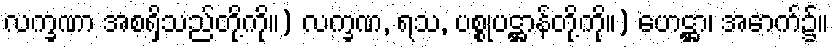
လက္ခဏာ အစရှိသည်တို့ကို။) လက္ခဏ, ရသ, ပစ္စုပဋ္ဌာန်တို့ကို။) ဟေဋ္ဌာ၊ အောက်၌။